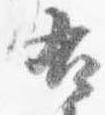
右